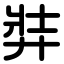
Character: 弉